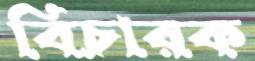
বিচারক